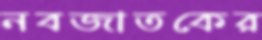
নবজাতকের